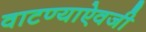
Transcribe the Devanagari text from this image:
वाटण्याऐवजी